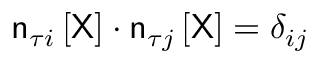
\mathsf { n } _ { \tau i } \left[ \mathsf { X } \right] \cdot \mathsf { n } _ { \tau j } \left[ \mathsf { X } \right] = \delta _ { i j }